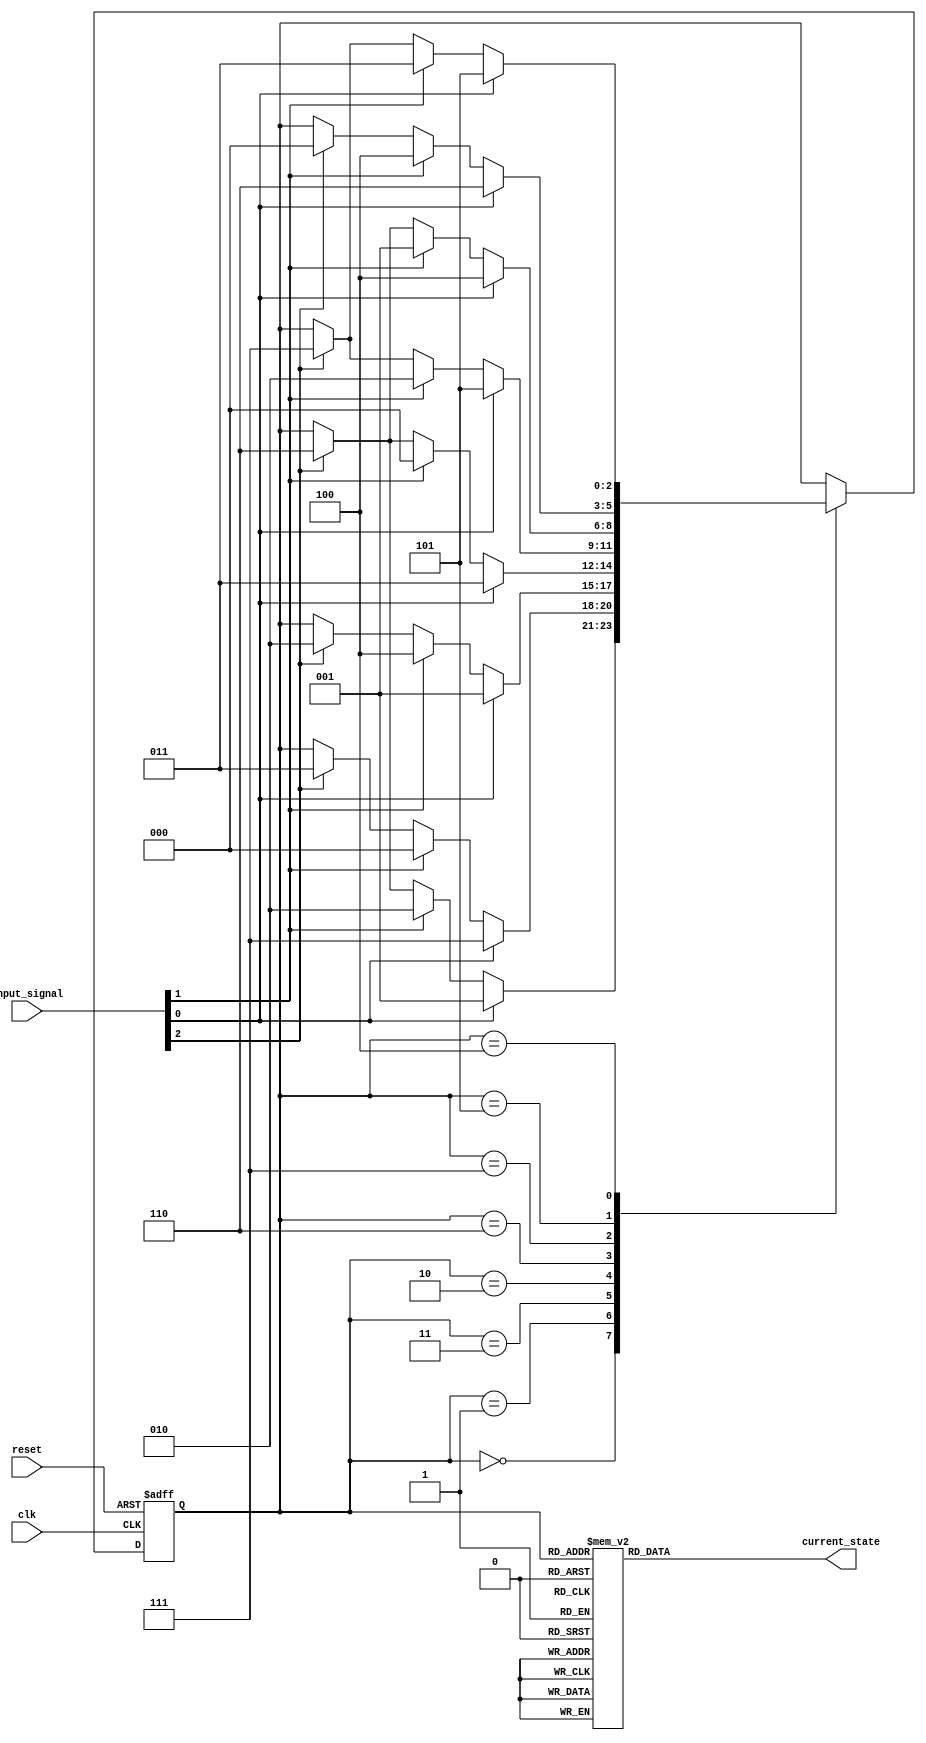
module gray_code_state_machine(
    input wire clk, // Clock signal
    input wire reset, // Reset signal
    input wire [2:0] input_signal, // Input signals
    output reg [2:0] current_state // Current state output
    );

    // Gray code state encoding
    parameter S0 = 3'b000, S1 = 3'b001, S2 = 3'b011, S3 = 3'b010,
    S4 = 3'b110, S5 = 3'b111, S6 = 3'b101, S7 = 3'b100;

    // State register
    reg [2:0] state_reg;

    // Next state logic
    always @ (posedge clk or posedge reset) begin
        if (reset) begin
            state_reg <= S0;
        end else begin
            case(state_reg)
                S0: if (input_signal[0]) state_reg <= S1;
                    else if (input_signal[1]) state_reg <= S3;
                    else if (input_signal[2]) state_reg <= S4;
                S1: if (input_signal[0]) state_reg <= S5;
                    else if (input_signal[1]) state_reg <= S0;
                    else if (input_signal[2]) state_reg <= S2;
                S2: if (input_signal[0]) state_reg <= S1;
                    else if (input_signal[1]) state_reg <= S7;
                    else if (input_signal[2]) state_reg <= S3;
                S3: if (input_signal[0]) state_reg <= S2;
                    else if (input_signal[1]) state_reg <= S0;
                    else if (input_signal[2]) state_reg <= S4;
                S4: if (input_signal[0]) state_reg <= S6;
                    else if (input_signal[1]) state_reg <= S3;
                    else if (input_signal[2]) state_reg <= S5;
                S5: if (input_signal[0]) state_reg <= S7;
                    else if (input_signal[1]) state_reg <= S1;
                    else if (input_signal[2]) state_reg <= S4;
                S6: if (input_signal[0]) state_reg <= S4;
                    else if (input_signal[1]) state_reg <= S7;
                    else if (input_signal[2]) state_reg <= S0;
                S7: if (input_signal[0]) state_reg <= S6;
                    else if (input_signal[1]) state_reg <= S2;
                    else if (input_signal[2]) state_reg <= S5;
            endcase
        end
    end

    // Output decoding logic
    always @(*) begin
        case(state_reg)
            S0: current_state <= 3'b000;
            S1: current_state <= 3'b001;
            S2: current_state <= 3'b011;
            S3: current_state <= 3'b010;
            S4: current_state <= 3'b110;
            S5: current_state <= 3'b111;
            S6: current_state <= 3'b101;
            S7: current_state <= 3'b100;
        endcase
    end

endmodule